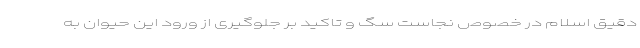
دقیق اسلام در خصوص نجاست سگ و تاکید بر جلوگیری از ورود این حیوان به